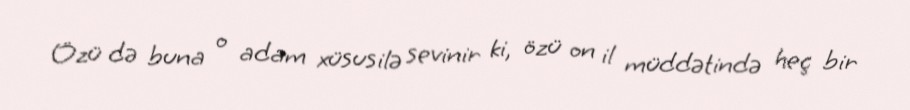
Özü də buna o adam xüsusilə sevinir ki, özü on il müddətində heç bir